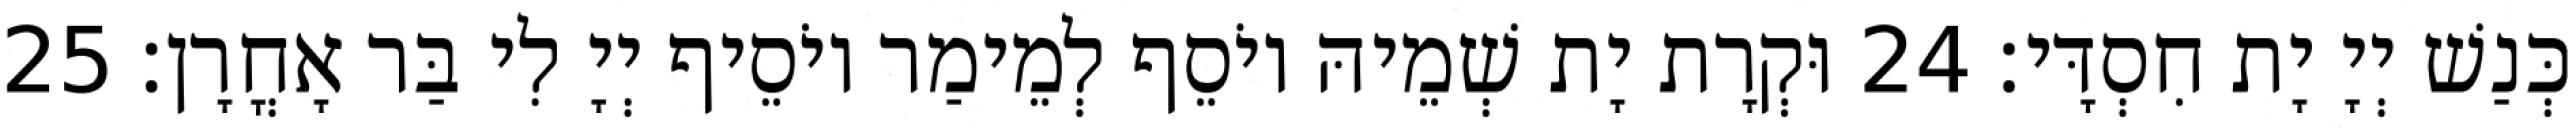
כְּנַשׁ יְיָ יָת חִסְדָּי׃ 24 וּקְרָת יָת שְׁמֵיהּ יוֹסֵף לְמֵימַר יוֹסֵיף יְיָ לִי בַּר אָחֳרָן׃ 25